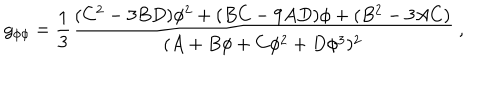
g _ { \phi \phi } = { \frac { 1 } { 3 } } { \frac { ( C ^ { 2 } - 3 B D ) \phi ^ { 2 } + ( B C - 9 A D ) \phi + ( B ^ { 2 } - 3 A C ) } { ( A + B \phi + C \phi ^ { 2 } + D \phi ^ { 3 } ) ^ { 2 } } } \ ,